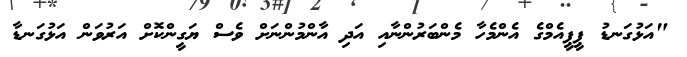
"އަޅުގަނޑު ޕީޕީއެމްގެ އެންމެހާ މެންބަރުންނާއި އަދި އާންމުންނަށް ވެސް ޔަގީންކޮށް އަރުވަން އަޅުގަނޑާ